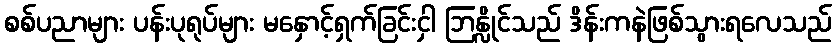
စစ်ပညာများ ပန်းပုရုပ်များ မနှောင့်ရှက်ခြင်းငှါ ဘြန္လိုင်သည် ဒိန်းကနဲဖြစ်သွားရလေသည်